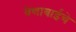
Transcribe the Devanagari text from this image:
वेणाबाईचे